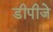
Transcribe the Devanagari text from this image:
डीपीजे